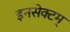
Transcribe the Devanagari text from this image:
इनसेक्टम्‌